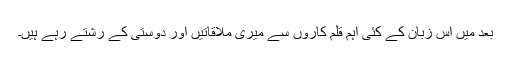
بعد میں اس زبان کے کئی اہم قلم کاروں سے میری ملاقاتیں اور دوستی کے رشتے رہے ہیں۔